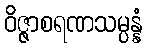
ဝိဇ္ဇာစရဏသမ္ပန္နံ